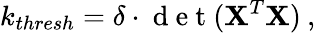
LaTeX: k_{thresh}=\delta\cdot\mathrm{~d~e~t~}(\textbf{X}^{T}\textbf{X})\: ,